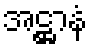
အဋ္ဌာနံ